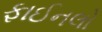
ફાઈનલો